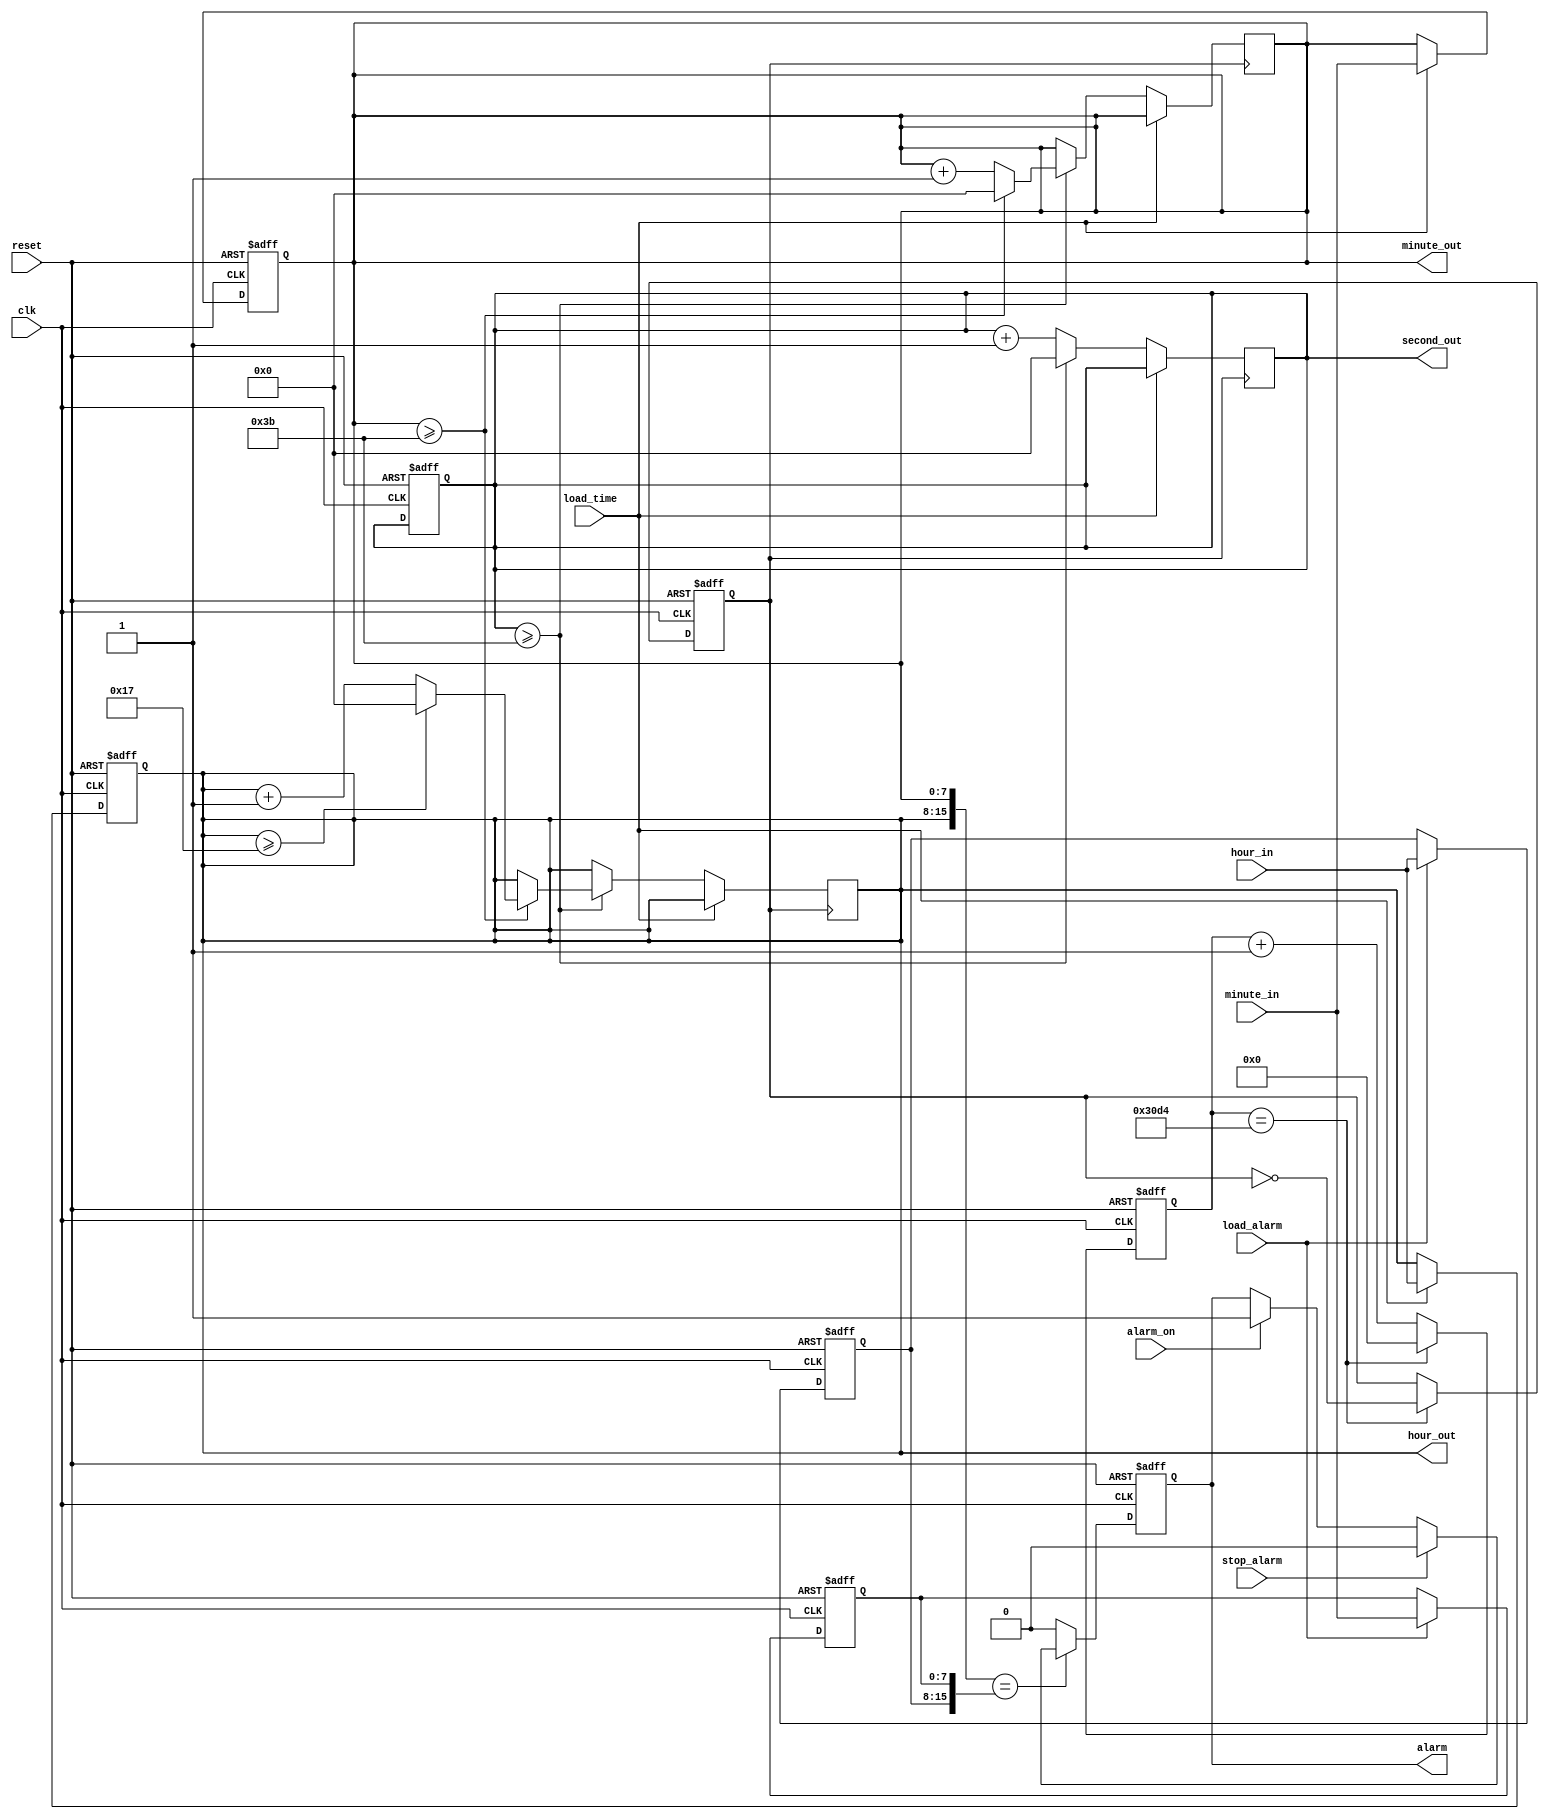
module alarm_clock(
    input clk,
    input reset,
    input [7:0] hour_in,
    input [7:0] minute_in,
    input load_time,
    input load_alarm,
    input stop_alarm,
    input alarm_on,
    output reg alarm,
    output reg [7:0] hour_out,
    output reg [7:0] minute_out,
    output reg [7:0] second_out
    );
    
    //Internal signal
    reg clk_1s;
    reg [31:0] count;
    
    reg [7:0] hour;
    reg [7:0] minute;
    reg [7:0] second;
    
    reg [7:0] alarm_hour;
    reg [7:0] alarm_minute;
    
    //Clock operation
    always @(posedge clk or posedge reset) begin
        if(reset) begin
            hour <= 8'b0000_0000;
            minute <= 8'b0000_0000;
            second <= 8'b0000_0000;
            alarm_hour <= 8'b0000_0000;
            alarm_minute <= 8'b0000_0000;
        end
        else begin
            if(load_alarm) begin
                alarm_hour <= hour_in;
                alarm_minute <= minute_in;
            end
            if(load_time) begin
                hour <= hour_in;
                minute <= minute_in;
            end
        end
    end
    
    //Clock working
    always @(posedge clk_1s) begin
        if(load_time == 0) begin
            second <= second + 1;
            if(second >= 59) begin
                second <= 8'b0000_0000;
                minute <= minute + 1;
                if(minute >= 59) begin
                    minute <= 8'b0000_0000;
                    hour <= hour + 1;
                    if(hour >= 23)
                        hour <= 8'b0000_00000;
                end
            end
        end
    end
    
    //Clock Freq Divider
    always @(posedge clk or posedge reset) begin
        if(reset) begin
            clk_1s <= 0;
            count <= 32'd0;
        end
        else begin
            count <= count + 1;
            if(count == 12_500) begin
                clk_1s <= ~clk_1s;
                count <= 32'd0;
            end
        end
    end
    
    //Clock output
    always @(*) begin
        hour_out <= hour;
        minute_out <= minute;
        second_out <= second;
    end
    
    //Alarm Function
    always @(posedge clk or posedge reset) begin
        if(reset)
            alarm <= 1'b0;
        else begin
            if({hour, minute} == {alarm_hour, alarm_minute}) begin
                if(alarm_on)
                    alarm <= 1'b1;
                if(stop_alarm)
                    alarm <= 1'b0;
            end
            else
                alarm <= 1'b0;
        end
    end
endmodule